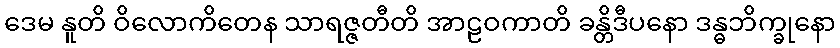
ဒေမ နူတိ ဝိလောကိတေန သာရဇ္ဇတီတိ အာဠဝကာတိ ခန္တိဒီပနော ဒန္ဓဘိက္ခုနော